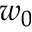
w _ { 0 }